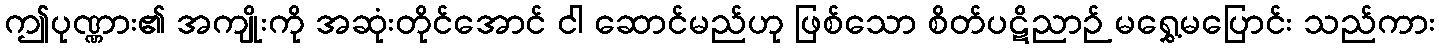
ဤပုဏ္ဏား၏ အကျိုးကို အဆုံးတိုင်အောင် ငါ ဆောင်မည်ဟု ဖြစ်သော စိတ်ပဋိညာဉ် မရွှေ့မပြောင်း သည်ကား